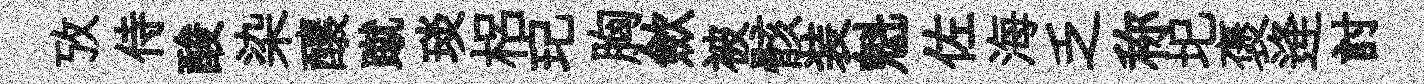
攷侍酸染釀蹴琰梠玘胸歛被骸装魁佐海乏称圯褒逄討